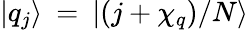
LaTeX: {|q_{j}\rangle}\: =\: {|(j+\chi_{q})/N\rangle}